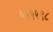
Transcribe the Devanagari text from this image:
५५५५९८